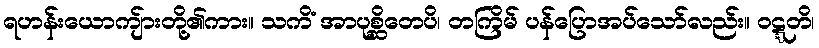
ရဟန်းယောကျ်ားတို့၏ကား။ သကိံ အာပုစ္ဆိတေပိ၊ တကြိမ် ပန်ပြောအပ်သော်လည်း။ ဝဋ္ဋတိ၊